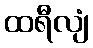
ထရီလျံ